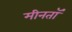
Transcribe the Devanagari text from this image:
मीनतॉ